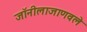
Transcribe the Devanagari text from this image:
जॉनीलाजाणवले